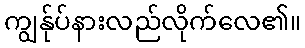
ကျွန်ုပ်နားလည်လိုက်လေ၏။